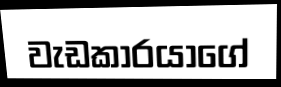
වැඩකාරයාගේ